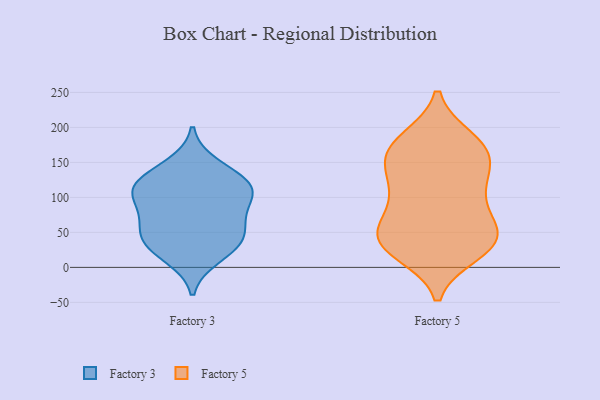
{"axis": {"x": "Demand Index", "y": "Value"}, "legend": ["Factory 3", "Factory 5"], "data": [{"x": "", "y": 35, "type": "Factory 3"}, {"x": "", "y": 38, "type": "Factory 3"}, {"x": "", "y": 95, "type": "Factory 3"}, {"x": "", "y": 72, "type": "Factory 3"}, {"x": "", "y": 15, "type": "Factory 3"}, {"x": "", "y": 117, "type": "Factory 3"}, {"x": "", "y": 117, "type": "Factory 3"}, {"x": "", "y": 146, "type": "Factory 3"}, {"x": "", "y": 41, "type": "Factory 3"}, {"x": "", "y": 118, "type": "Factory 3"}, {"x": "", "y": 111, "type": "Factory 3"}, {"x": "", "y": 67, "type": "Factory 3"}, {"x": "", "y": 21, "type": "Factory 5"}, {"x": "", "y": 157, "type": "Factory 5"}, {"x": "", "y": 167, "type": "Factory 5"}, {"x": "", "y": 56, "type": "Factory 5"}, {"x": "", "y": 25, "type": "Factory 5"}, {"x": "", "y": 129, "type": "Factory 5"}, {"x": "", "y": 107, "type": "Factory 5"}, {"x": "", "y": 39, "type": "Factory 5"}, {"x": "", "y": 175, "type": "Factory 5"}, {"x": "", "y": 43, "type": "Factory 5"}, {"x": "", "y": 48, "type": "Factory 5"}, {"x": "", "y": 67, "type": "Factory 5"}, {"x": "", "y": 183, "type": "Factory 5"}, {"x": "", "y": 142, "type": "Factory 5"}, {"x": "", "y": 181, "type": "Factory 5"}, {"x": "", "y": 101, "type": "Factory 5"}, {"x": "", "y": 31, "type": "Factory 5"}, {"x": "", "y": 99, "type": "Factory 5"}, {"x": "", "y": 38, "type": "Factory 5"}, {"x": "", "y": 152, "type": "Factory 5"}]}